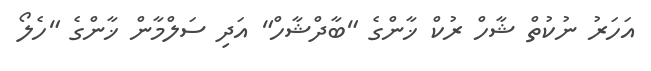
އަހަރު ނުކުތް ޝާހް ރުކް ޚާންގެ "ބާދްޝާހް" އަދި ސަލްމާން ޚާންގެ "ހެލޯ